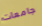
جامعات